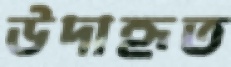
উদাহৃত